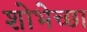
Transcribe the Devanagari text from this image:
शोभेच्छा